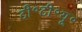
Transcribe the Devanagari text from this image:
टी॰टी॰यू॰